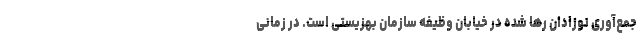
جمع‌آوری نوزادان رها شده در خیابان وظیفه سازمان بهزیستی است. در زمانی